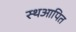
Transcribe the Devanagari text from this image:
स्थआपित